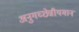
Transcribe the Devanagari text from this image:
अनुगच्छेन्नीयमानं